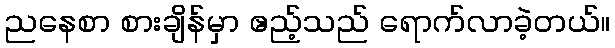
ညနေစာ စားချိန်မှာ ဧည့်သည် ရောက်လာခဲ့တယ်။